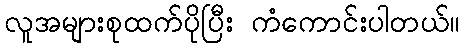
လူအများစုထက်ပိုပြီး ကံကောင်းပါတယ်။